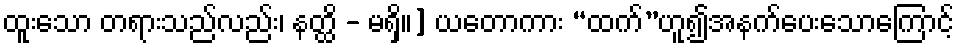
ထူးသော တရားသည်လည်း၊ နတ္ထိ - မရှိ။] ယတောကား “ထက်”ဟူ၍အနက်ပေးသောကြောင့်